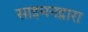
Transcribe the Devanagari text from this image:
साइमनद्वारा